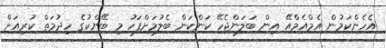
އެހެންކަމުން އެމްއެމްއޭ އިން ބަލަންޖެހޭ ކަންކަން ބެލުމަށްފަހު މި ބޭންކުގެ ހިދުމަތް ކުރިއަށް